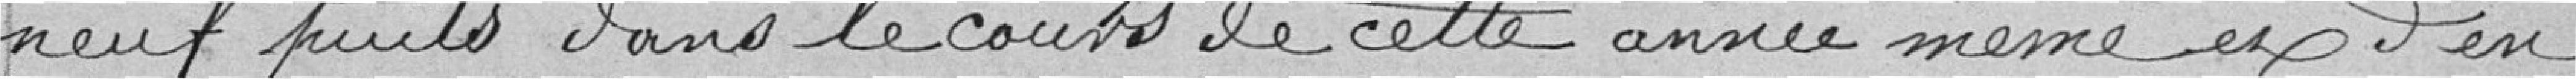
neuf puits dans le cours de cette année même et d'en